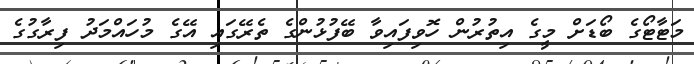
މަޓާޓޯގެ ބޯޑަށް މީގެ އިތުރުން ހޮވިފައިވާ ބޭފުޅުންގެ ތެރޭގައި އޭގެ މުހައްމަދު ފިރާގުގެ